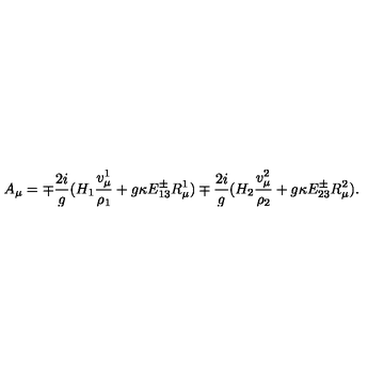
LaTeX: A _ { \mu } = \mp { \frac { 2 i } { g } } ( H _ { 1 } { \frac { v _ { \mu } ^ { 1 } } { \rho _ { 1 } } } + g \kappa E _ { 1 3 } ^ { \pm } R _ { \mu } ^ { 1 } ) \mp { \frac { 2 i } { g } } ( H _ { 2 } { \frac { v _ { \mu } ^ { 2 } } { \rho _ { 2 } } } + g \kappa E _ { 2 3 } ^ { \pm } R _ { \mu } ^ { 2 } ) .